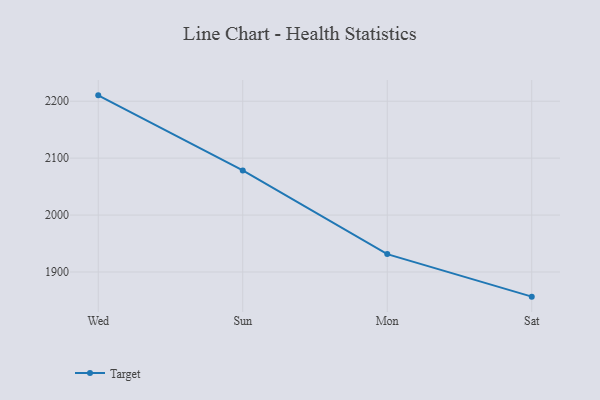
{"axis": {"x": "Day", "y": "Temperature (°C)"}, "legend": ["Target"], "data": [{"x": "Wed", "y": 2210.3, "type": "Target"}, {"x": "Sun", "y": 2078.5, "type": "Target"}, {"x": "Mon", "y": 1931.4, "type": "Target"}, {"x": "Sat", "y": 1856.7, "type": "Target"}]}